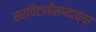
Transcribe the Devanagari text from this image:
सरचिटणीसपदाच्या